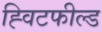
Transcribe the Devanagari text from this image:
ह्विटफील्ड